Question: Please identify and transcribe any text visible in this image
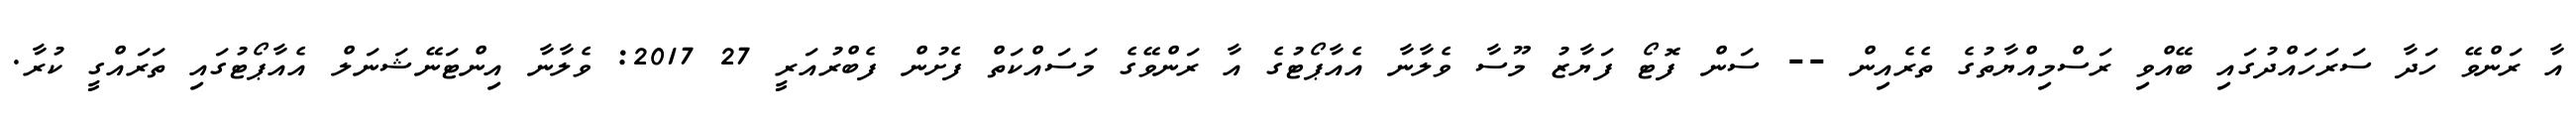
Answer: އާ ރަންވޭ ހަދާ ސަރަހައްދުގައި ބޭއްވި ރަސްމިއްޔާތުގެ ތެރެއިން -- ސަން ފޮޓޯ ފަޔާޒު މޫސާ ވެލާނާ އެއާޕޯޓުގެ އާ ރަންވޭގެ މަސައްކަތް ފެށުން ފެބްރުއަރީ 27 2017: ވެލާނާ އިންޓަނޭޝަނަލް އެއާޕޯޓުގައި ތަރައްގީ ކުރާ.